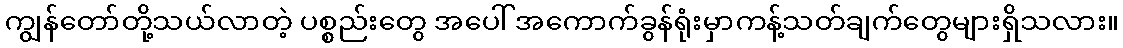
ကျွန်တော်တို့သယ်လာတဲ့ ပစ္စည်းတွေ အပေါ် အကောက်ခွန်ရုံးမှာကန့်သတ်ချက်တွေများရှိသလား။